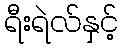
ရီးရဲလ်နှင့်